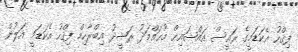
ފިޤްހު އެކަޑަމީގެ ރައީސް އައްޝައިޚް މުޙައްމަދު ރަޝީދު އިބްރާހިމް ފިޤްހު އެކަޑަމީ އަލުން